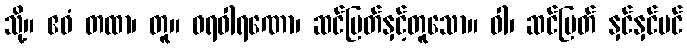
သို့။ ဧဝံ တထာ၊ တူ။ ဝရဝါရဏော၊ ဆင်မြတ်နှင့်တူသော။ ဝါ၊ ဆင်မြတ် နှင်နှင်ပင်